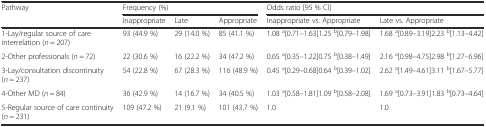
| Pathway | <COLSPAN=3> Frequency (%) | <COLSPAN=2> Odds ratio [95 % CI] |
 |  | Inappropriate | Late | Appropriate | Inappropriate vs. Appropriate | Late vs. Appropriate |
 | --- | --- | --- | --- | --- | --- |
 | 1-Lay/regular source of care interrelation (n = 207) | 93 (44.9 %) | 29 (14.0 %) | 85 (41.1 %) | 1.08 a[0.71–1.63]1.25 b[0.79–1.98] | 1.68 a[0.89–3.19]2.23 b[1.13–4.42] |
 | 2-Other professionals (n = 72) | 22 (30.6 %) | 16 (22.2 %) | 34 (47.2 %) | 0.65 a[0.35–1.22]0.75 b[0.38–1.49] | 2.16 a[0.98–4.75]2.98 b[1.27–6.96] |
 | 3-Lay/consultation discontinuity (n = 237) | 54 (22.8 %) | 67 (28.3 %) | 116 (48.9 %) | 0.45 a[0.29–0.68]0.64 b[0.39–1.02] | 2.62 a[1.49–4.61]3.11 b[1.67–5.77] |
 | 4-Other MD (n = 84) | 36 (42.9 %) | 14 (16.7 %) | 34 (40.5 %) | 1.03 a[0.58–1.81]1.09 b[0.58–2.08] | 1.69 a[0.73–3.91]1.83 b[0.73–4.64] |
 | 5-Regular source of care continuity (n = 231) | 109 (47.2 %) | 21 (9.1 %) | 101 (43.7 %) | 1.0 | 1.0 |